Report on the working of the Ranchi Indian Mental Hospital, Kanke, in Bihar and Orissa - 1930-1940
Year: 1930
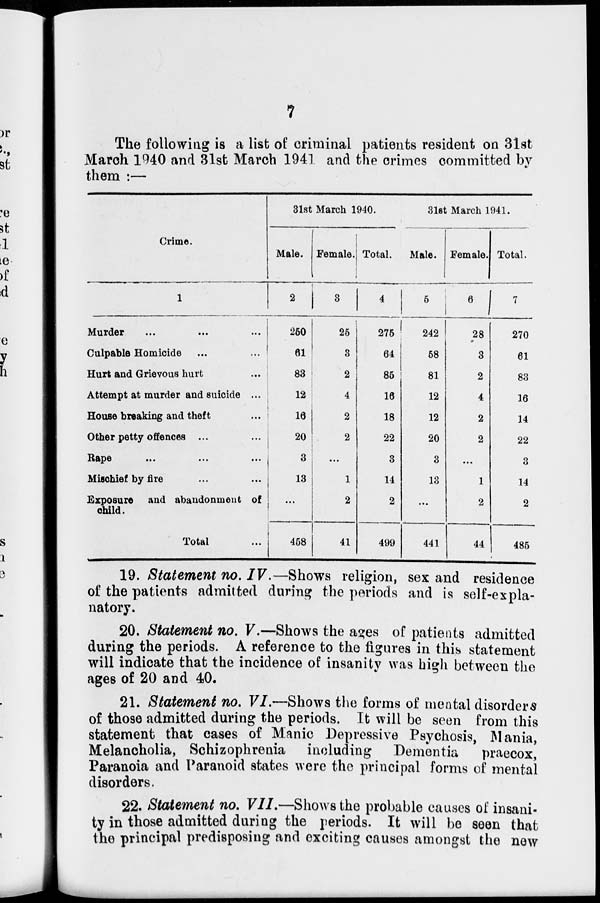
7
The following is a list of criminal patients resident on 31st
March 1940 and 31st March 1941 and the crimes committed by
them :—
Crime.
1
Murder ... ... ...
Culpable Homicide ... ...
Hurt and Grievous hurt ...
Attempt at murder and suicide ...
House breaking and theft ...
Other petty offences ... ...
Rape ... ... ...
Mischief by fire ... ...
Exposure and abandonment of
child.
Total ...
31st March 1940.
Male.
2
250
61
83
12
16
20
3
13
...
458
Female.
3
25
3
2
4
2
2
...
1
2
41
Total.
4
275
64
85
16
18
22
3
14
2
499
31st March 1941.
Male.
5
242
58
81
12
12
20
3
13
...
441
Female.
6
28
3
2
4
2
2
...
1
2
44
Total.
7
270
61
83
16
14
22
3
14
2
485
19. Statement no. IV.—Shows religion, sex and residence
of the patients admitted during the periods and is self-expla-
natory.
20. Statement no. V.—Shows the ages of patients admitted
during the periods. A reference to the figures in this statement
will indicate that the incidence of insanity was high between the
ages of 20 and 40.
21. Statement no. VI.—Shows the forms of mental disorders
of those admitted during the periods. It will be seen from this
statement that cases of Manic Depressive Psychosis, Mania,
Melancholia, Schizophrenia including Dementia
praecox,
Paranoia and Paranoid states were the principal forms of mental
disorders.
22. Statement no. VII.—Shows the probable causes of insani-
ty in those admitted during the periods. It will be seen that
the principal predisposing and exciting causes amongst the new